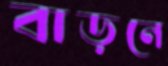
বাড়নে